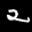
Label: 2